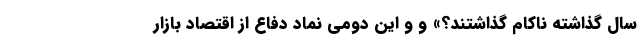
سال گذاشته ناکام گذاشتند؟» و و این دومی نماد دفاع از اقتصاد بازار